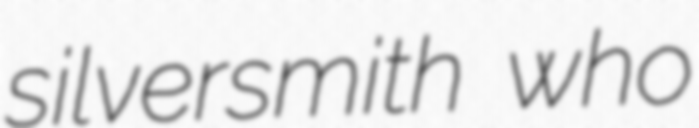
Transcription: silversmith who